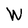
Character: W